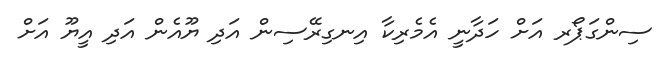
ސިންގަޕޯރ އަށް ހަދާނީ އެމެރިކާ އިނގިރޭސިން އަދި ޔޫއެން އަދި އީޔޫ އަށް